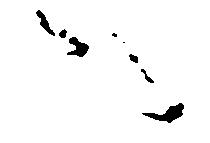
ハ